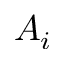
A _ { i }